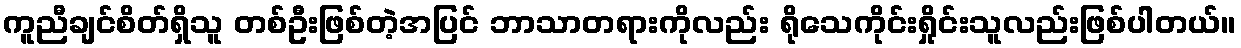
ကူညီချင်စိတ်ရှိသူ တစ်ဦးဖြစ်တဲ့အပြင် ဘာသာတရားကိုလည်း ရိုသေကိုင်းရှိုင်းသူလည်းဖြစ်ပါတယ်။